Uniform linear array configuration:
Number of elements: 16
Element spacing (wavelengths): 0.75
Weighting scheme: exponential
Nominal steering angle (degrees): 15
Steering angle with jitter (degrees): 13.548
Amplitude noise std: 0.05
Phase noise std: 0.05

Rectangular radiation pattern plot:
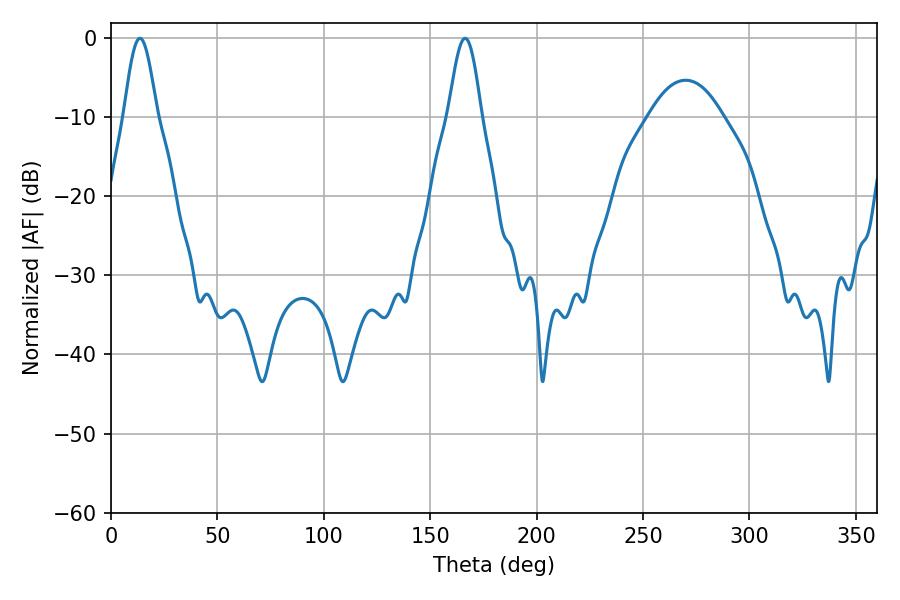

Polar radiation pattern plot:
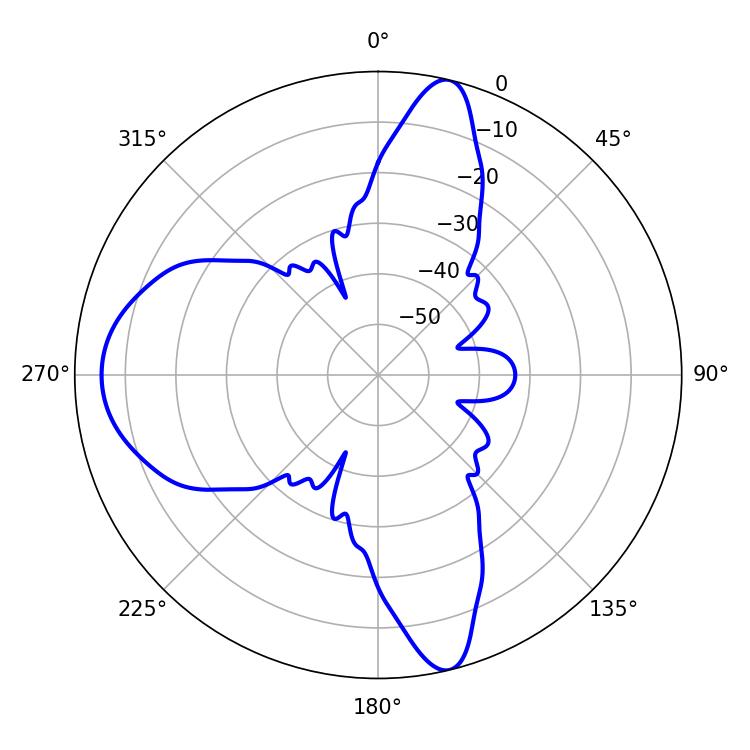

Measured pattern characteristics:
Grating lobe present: TRUE
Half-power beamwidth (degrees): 8.28
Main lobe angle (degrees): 166.32